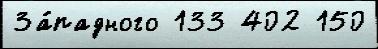
За́падного 133 402 150